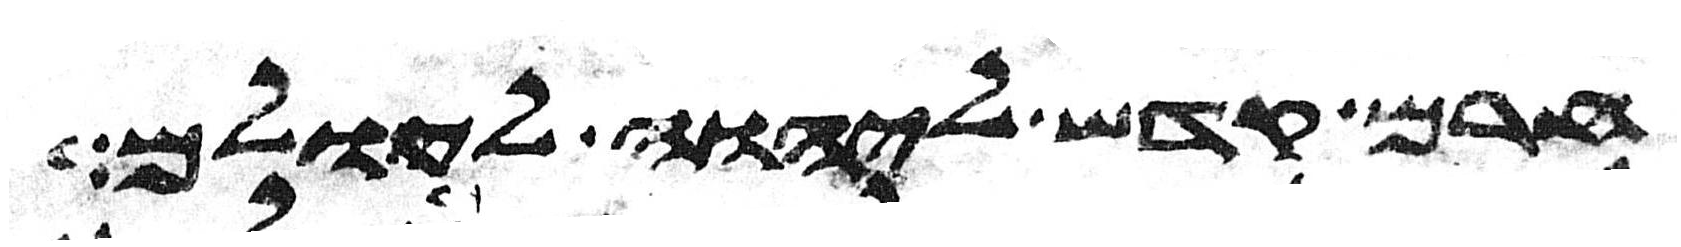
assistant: קדש ליהוה ואם